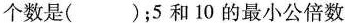
个数是( )；5和10的最小公倍数